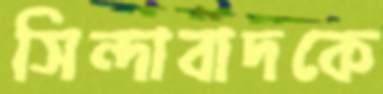
সিন্দাবাদকে